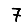
Digit: 7